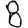
Digit: 8